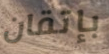
بإتقان